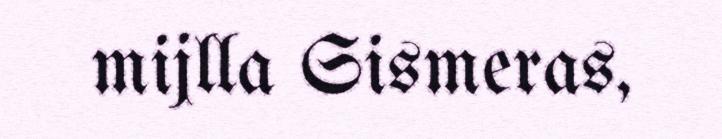
mijlla Sismeras,